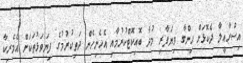
އިސްރާއީލާ ދެކޮޅަށް ހިންގާ ވިޔަފާރި މުދާ ބޮއިކޮޓްކުރުމާއި އެހެނިހެން ދަތިކުރުމުގެ ފިޔަވަޅުތަކަށް އެމެރިކާ